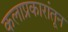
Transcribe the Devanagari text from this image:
कलाप्रकारांतून